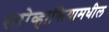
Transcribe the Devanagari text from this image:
स्लोव्हाकियामधील